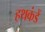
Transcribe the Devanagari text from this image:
हथकंडें